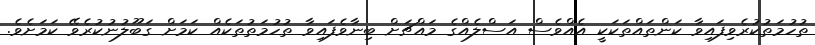
ތުހުމަތުކުރެވިފައިވާ ކަންތައްތަކަކީ އެއްވެސް އަސްލެއްގެ މައްޗަށް ބިނާވެފައިވާ ތުހުމަތުތަކެއް ކަމަށް ގަބޫލުނުކުރެވޭ ކަމަށެވެ.